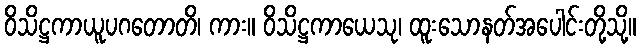
ဝိသိဋ္ဌကာယူပဂတောတိ၊ ကား။ ဝိသိဋ္ဌကာယေသု၊ ထူးသောနတ်အပေါင်းတို့သို့။